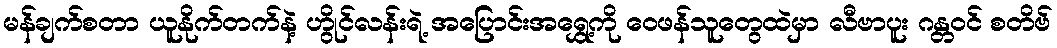
မန်ချက်စတာ ယူနိုက်တက်နဲ့ ဟွိုင်လန်းရဲ့ အပြောင်းအရွှေ့ကို ဝေဖန်သူတွေထဲမှာ လီဗာပူး ဂန္တဝင် စတိဗ်